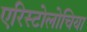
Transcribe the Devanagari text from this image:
एरिस्टोलोचिया